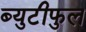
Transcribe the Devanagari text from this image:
ब्युटीफुल